38_143685_box7_Incident_Summaries_1-100
Agency: Department of War
Page 191
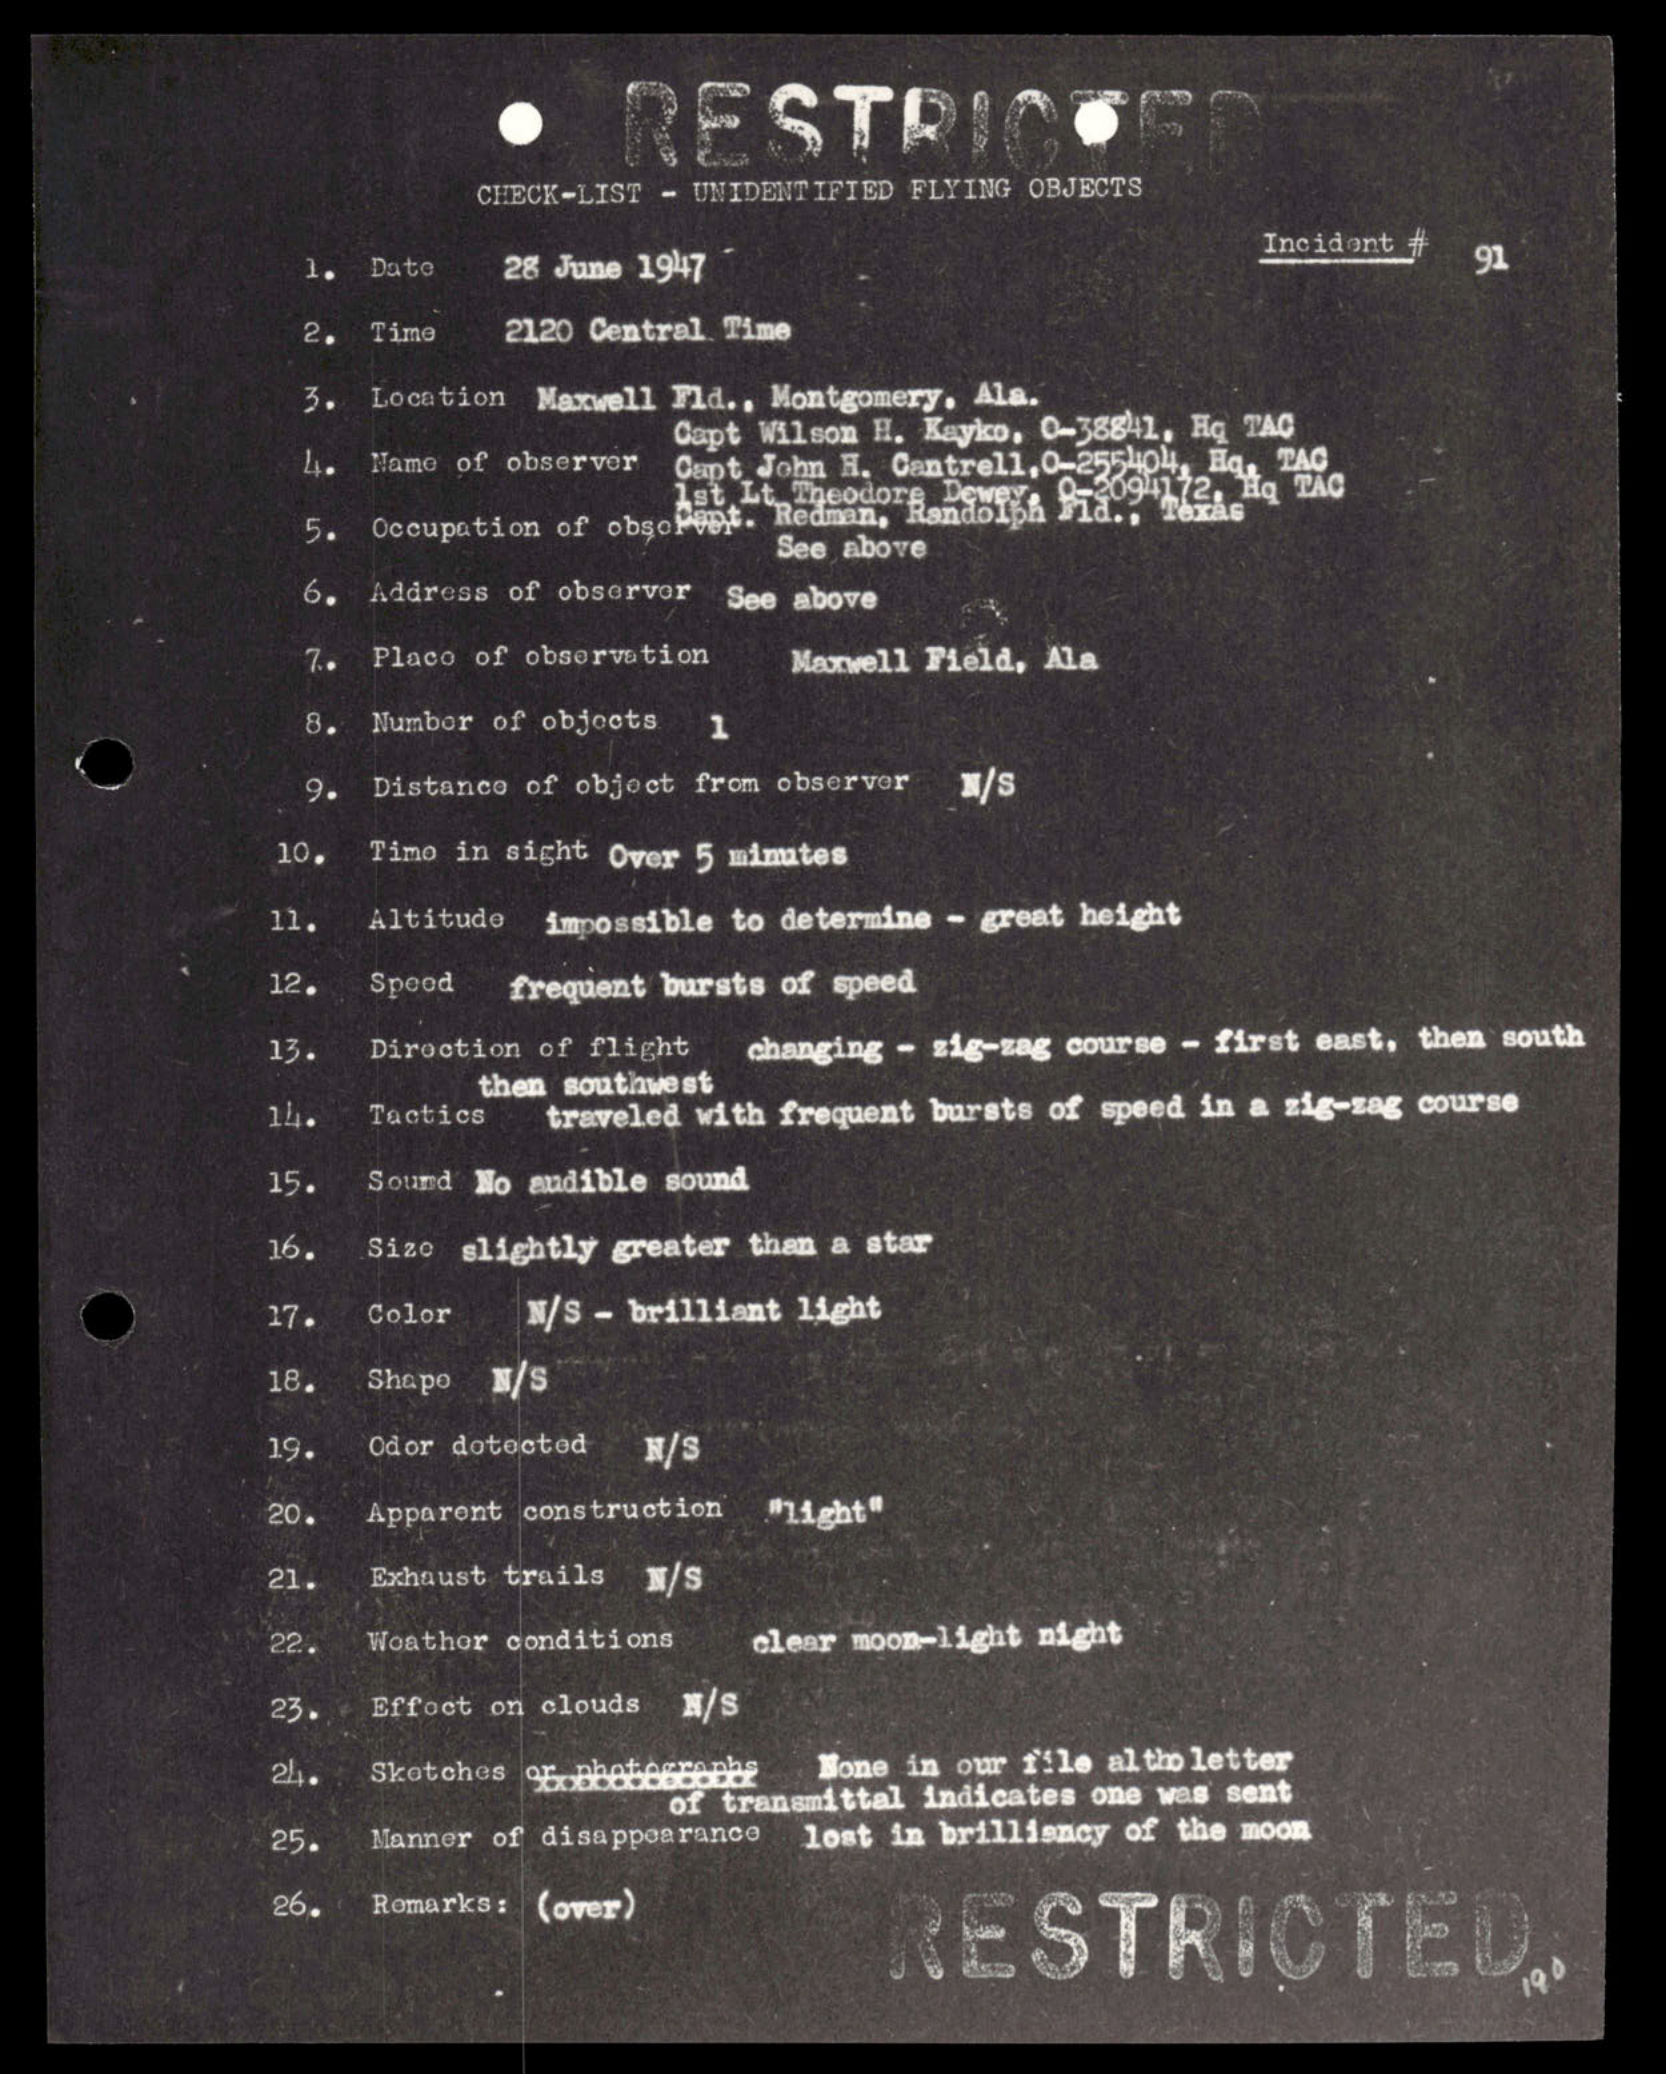